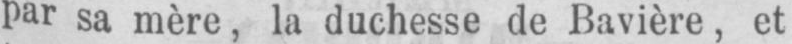
par sa mère, la duchesse de Bavière, et